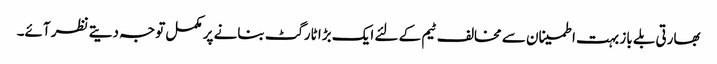
بھارتی بلے باز بہت اطمینان سے مخالف ٹیم کے لئے ایک بڑا ٹارگٹ بنانے پر مکمل توجہ دیتے نظر آئے۔